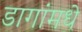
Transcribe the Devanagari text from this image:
डागांमधे